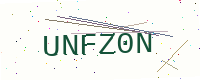
Text: UNFZ0N